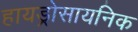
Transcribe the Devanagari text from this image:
हायड्रोसायनिक